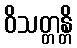
ဝိသတ္တန္တိ